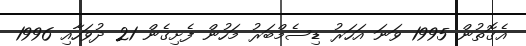
އެގޮތުން 1995 ވަނަ އަހަރު ޑިސެމްބަރު މަހުން ފެށިގެން 21 ދުވަހާއި 1996